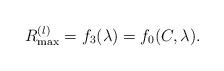
LaTeX: \begin{align*}R^{(l)}_{\max}=f_3(\lambda)=f_0(C,\lambda).\end{align*}